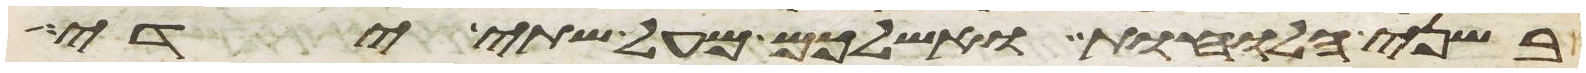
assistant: בשני הלוחות ואשליכם מעל שתי ידי